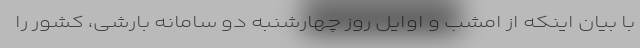
با بیان اینکه از امشب و اوایل روز چهارشنبه دو سامانه بارشی، کشور را